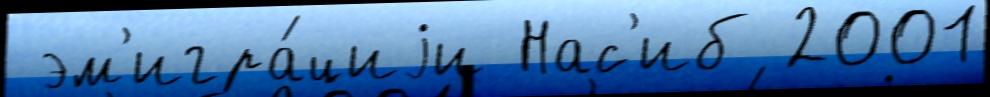
 эм'игра́циjи Нас'иб 2001